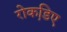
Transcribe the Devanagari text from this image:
रोकडि़ए